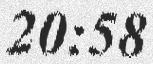
20:58